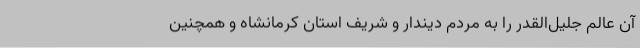
آن عالم جلیل‌القدر را به مردم دیندار و شریف استان کرمانشاه و همچنین